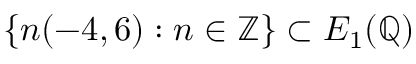
\{ n ( - 4 , 6 ) : n \in \mathbb { Z } \} \subset E _ { 1 } ( \mathbb { Q } )